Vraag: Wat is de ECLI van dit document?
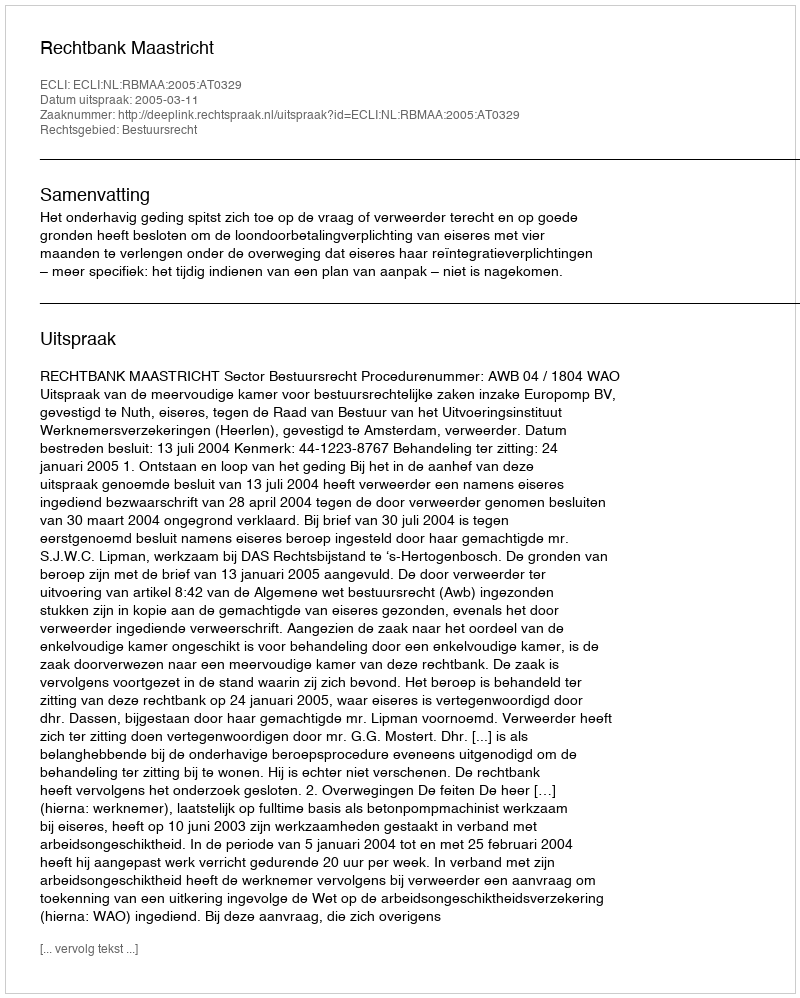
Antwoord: ECLI:NL:RBMAA:2005:AT0329